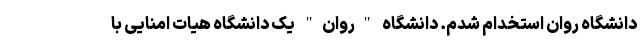
دانشگاه روان استخدام شدم. دانشگاه "روان" یک دانشگاه هیات امنایی با